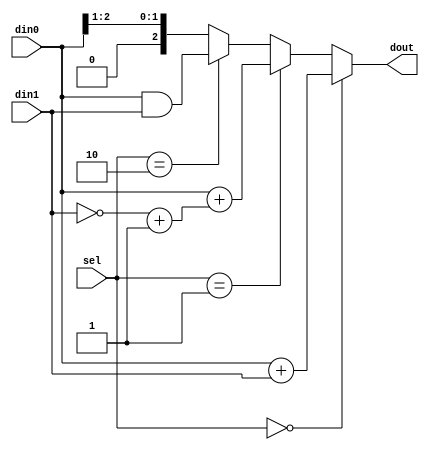
module mux4by1(din0, din1, sel, dout);
    input [2:0] din0;
    input [2:0] din1;
    input [1:0] sel;
    output [2:0] dout;

    assign dout = (sel == 3'b00) ? din0 + din1 :
                  (sel == 3'b01) ? din0 + ((~din1) + 3'b001): //Two's Compliment Substraction
                  (sel == 3'b10) ? din0 & din1:
                  {1'b0, din0[2:1]};
endmodule